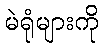
မဲရုံများကို